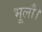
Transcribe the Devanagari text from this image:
भूलौ।